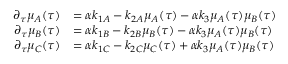
\begin{array} { r l } { \partial _ { \tau } \mu _ { A } ( \tau ) } & { = \alpha k _ { 1 A } - k _ { 2 A } \mu _ { A } ( \tau ) - \alpha k _ { 3 } \mu _ { A } ( \tau ) \mu _ { B } ( \tau ) } \\ { \partial _ { \tau } \mu _ { B } ( \tau ) } & { = \alpha k _ { 1 B } - k _ { 2 B } \mu _ { B } ( \tau ) - \alpha k _ { 3 } \mu _ { A } ( \tau ) \mu _ { B } ( \tau ) } \\ { \partial _ { \tau } \mu _ { C } ( \tau ) } & { = \alpha k _ { 1 C } - k _ { 2 C } \mu _ { C } ( \tau ) + \alpha k _ { 3 } \mu _ { A } ( \tau ) \mu _ { B } ( \tau ) } \end{array}